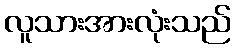
လူသားအားလုံးသည်